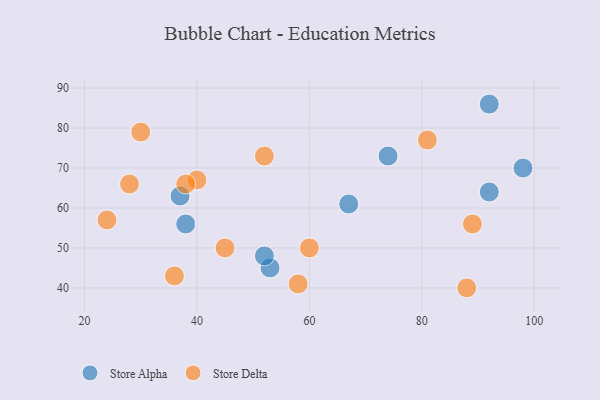
{"axis": {"x": "GDP", "y": "Life Expectancy"}, "legend": ["Store Alpha", "Store Delta"], "data": [{"x": "98", "y": 70, "type": "Store Alpha"}, {"x": "92", "y": 86, "type": "Store Alpha"}, {"x": "53", "y": 45, "type": "Store Alpha"}, {"x": "38", "y": 56, "type": "Store Alpha"}, {"x": "52", "y": 48, "type": "Store Alpha"}, {"x": "67", "y": 61, "type": "Store Alpha"}, {"x": "92", "y": 64, "type": "Store Alpha"}, {"x": "37", "y": 63, "type": "Store Alpha"}, {"x": "74", "y": 73, "type": "Store Alpha"}, {"x": "40", "y": 67, "type": "Store Delta"}, {"x": "45", "y": 50, "type": "Store Delta"}, {"x": "88", "y": 40, "type": "Store Delta"}, {"x": "30", "y": 79, "type": "Store Delta"}, {"x": "38", "y": 66, "type": "Store Delta"}, {"x": "58", "y": 41, "type": "Store Delta"}, {"x": "60", "y": 50, "type": "Store Delta"}, {"x": "89", "y": 56, "type": "Store Delta"}, {"x": "24", "y": 57, "type": "Store Delta"}, {"x": "81", "y": 77, "type": "Store Delta"}, {"x": "36", "y": 43, "type": "Store Delta"}, {"x": "28", "y": 66, "type": "Store Delta"}, {"x": "52", "y": 73, "type": "Store Delta"}]}